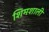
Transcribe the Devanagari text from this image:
शिमशाली